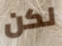
لكن